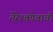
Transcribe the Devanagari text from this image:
तेरेश्कोवाची